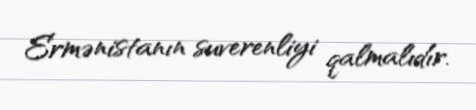
Ermənistanın suverenliyi qalmalıdır.